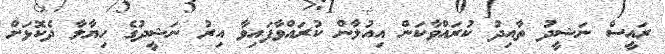
ރައީސް ނަޝީދު ތާއިދު ކުރައްވާކަން އިއުލާން ކުރައްވާފައިވާ އިރު ނަޝީދުގެ ހިޔާލާ ދެކޮޅަށް